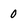
Character: 0